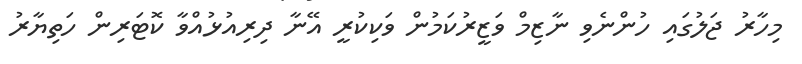
މިހާރު ޖަލުގައި ހުންނެވި ނާޒިމް ވަޒީރުކަމުން ވަކިކުރީ އޭނާ ދިރިއުޅުއްވާ ކޮޓަރިން ހަތިޔާރު